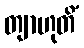
တျာဟုတိံ